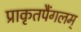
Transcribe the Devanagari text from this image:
प्राकृतपैंगलम्